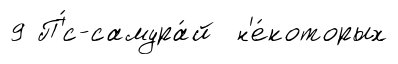
9 П'́с-самура́й н'е́которых